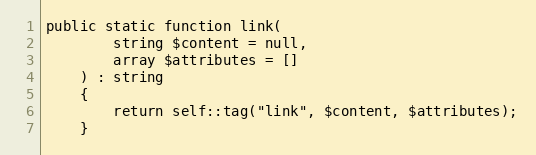
Language: PHP
public static function link(
        string $content = null,
        array $attributes = []
    ) : string
    {
        return self::tag("link", $content, $attributes);
    }